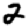
Digit: 2